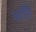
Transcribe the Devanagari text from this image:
धर्तासि